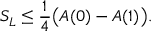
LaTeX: S _ { L } \leq \frac { 1 } { 4 } \bigl ( A ( 0 ) - A ( 1 ) \bigr ) .